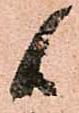
候